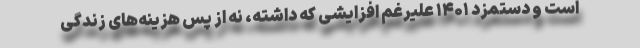
است و دستمزد ۱۴۰۱ علیرغم افزایشی که داشته، نه از پس هزینه‌های زندگی